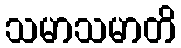
သမာသမာတိ